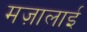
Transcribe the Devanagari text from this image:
मज़ालाई